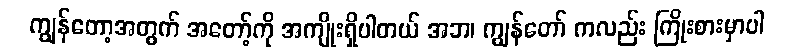
ကျွန်တော့အတွက် အတော့်ကို အကျိုးရှိပါတယ် အဘ၊ ကျွန်တော် ကလည်း ကြိုးစားမှာပါ